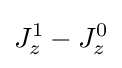
J_{z}^{1}-J_{z}^{0}